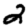
Digit: 2